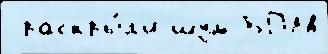
 раскры́л'и шум БПЛА